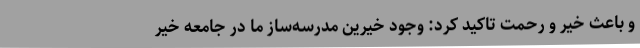
و باعث خیر و رحمت تاکید کرد: وجود خیرین مدرسه‌ساز ما در جامعه خیر